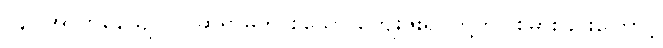
(၄) အာဟုနေယျဂ္ဂိ - ဆရာမိဘ စသော ကျေးဇူးရှင်တို့ကိုပြစ်မှားခြင်းကြောင့်